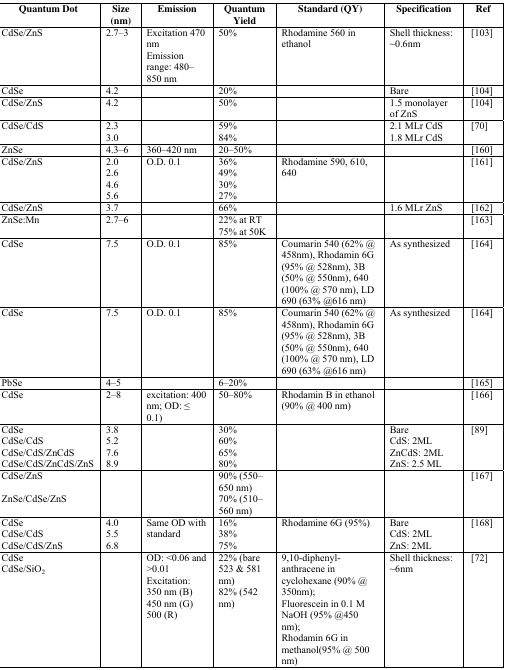
<table><thead><tr><td><b>Quantum Dot</b></td><td><b>Size (nm)</b></td><td><b>Emission</b></td><td><b>Quantum Yield</b></td><td><b>Standard (QY)</b></td><td><b>Specification</b></td><td><b>Ref</b></td></tr></thead><tbody><tr><td>CdSe/ZnS</td><td>2.7–3</td><td>Excitation 470 nmEmission range: 480–850 nm</td><td>50%</td><td>Rhodamine 560 in ethanol</td><td>Shell thickness: ~0.6nm</td><td> [103]</td></tr><tr><td>CdSe</td><td>4.2</td><td></td><td>20%</td><td></td><td>Bare</td><td> [104]</td></tr><tr><td>CdSe/ZnS</td><td>4.2</td><td></td><td>50%</td><td></td><td>1.5 monolayer of ZnS</td><td> [104]</td></tr><tr><td>CdSe/CdS</td><td>2.33.0</td><td></td><td>59%84%</td><td></td><td>2.1 MLr CdS1.8 MLr CdS</td><td> [70]</td></tr><tr><td>ZnSe</td><td>4.3–6</td><td>360–420 nm</td><td>20–50%</td><td></td><td></td><td> [160]</td></tr><tr><td>CdSe/ZnS</td><td>2.02.64.65.6</td><td>O.D. 0.1</td><td>36%49%30%27%</td><td>Rhodamine 590, 610, 640</td><td></td><td> [161]</td></tr><tr><td>CdSe/ZnS</td><td>3.7</td><td></td><td>66%</td><td></td><td>1.6 MLr ZnS</td><td> [162]</td></tr><tr><td>ZnSe:Mn</td><td>2.7–6</td><td></td><td>22% at RT75% at 50K</td><td></td><td></td><td> [163]</td></tr><tr><td>CdSe</td><td>7.5</td><td>O.D. 0.1</td><td>85% </td><td>Coumarin 540 (62% @ 458nm), Rhodamin 6G (95% @ 528nm), 3B (50% @ 550nm), 640 (100% @ 570 nm), LD 690 (63% @616 nm)</td><td>As synthesized</td><td> [164]</td></tr><tr><td>CdSe</td><td>7.5</td><td>O.D. 0.1</td><td>85% </td><td>Coumarin 540 (62% @ 458nm), Rhodamin 6G (95% @ 528nm), 3B (50% @ 550nm), 640 (100% @ 570 nm), LD 690 (63% @616 nm)</td><td>As synthesized</td><td> [164]</td></tr><tr><td>PbSe</td><td>4–5</td><td></td><td>6–20%</td><td></td><td></td><td> [165]</td></tr><tr><td>CdSe</td><td>2–8</td><td>excitation: 400 nm; OD: ≤ 0.1)</td><td>50–80%</td><td>Rhodamin B in ethanol (90% @ 400 nm)</td><td></td><td> [166]</td></tr><tr><td>CdSeCdSe/CdSCdSe/CdS/ZnCdSCdSe/CdS/ZnCdS/ZnS</td><td>3.85.27.68.9</td><td></td><td>30%60%65%80%</td><td></td><td>BareCdS: 2MLZnCdS: 2MLZnS: 2.5 ML</td><td> [89]</td></tr><tr><td>CdSe/ZnSZnSe/CdSe/ZnS</td><td></td><td></td><td>90% (550–650 nm)70% (510–560 nm)</td><td></td><td></td><td> [167]</td></tr><tr><td>CdSeCdSe/CdSCdSe/CdS/ZnS</td><td>4.05.56.8</td><td>Same OD with standard</td><td>16%38%75%</td><td>Rhodamine 6G (95%)</td><td>BareCdS: 2MLZnS: 2ML</td><td> [168]</td></tr><tr><td>CdSeCdSe/SiO<sub>2</sub></td><td></td><td>OD: 0.01Excitation: 350 nm (B)450 nm (G)500 (R)</td><td>22% (bare 523 &amp; 581 nm) 82% (542 nm)</td><td>9,10-diphenyl-anthracene in cyclohexane (90% @ 350nm);Fluorescein in 0.1 M NaOH (95% @450 nm);Rhodamin 6G in methanol(95% @ 500 nm) </td><td>Shell thickness: ~6nm</td><td> [72]</td></tr></tbody></table>